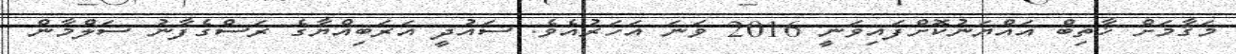
މަޤާމަށް ޚާތިބް އައްޔަނުކޮށްފައިވަނީ 2016 ވަނަ އަހަރުއެވެ. ސައުދީ އަރަބިއްޔާގެ ރަސްގެފާނު ސަލްމާން